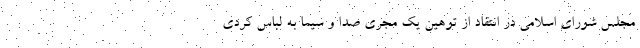
مجلس شورای اسلامی در انتقاد از توهین یک مجری صدا و سیما به لباس کردی